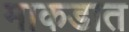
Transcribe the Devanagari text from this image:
माकडात